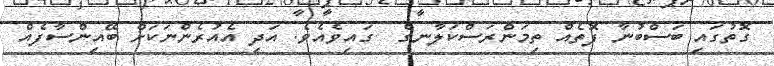
ގޮތުގައި ބަސްބުނާ ފޮތެއް ތިމަންރަސްކަލާނގެ  ގައިވެއެވެ. އަދި އެއުރެންނަކަށް ބޭއިންސާފެއް